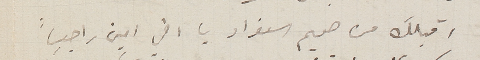
اقبلك من صميم الفواد يا اخي امين راجياً